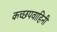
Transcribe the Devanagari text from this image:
कच्छपवाहिनी